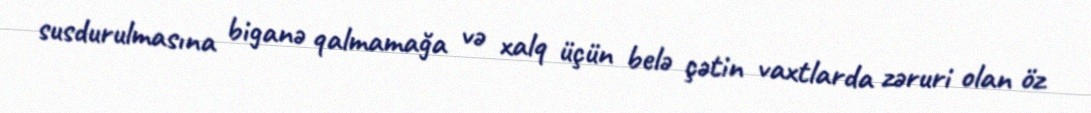
susdurulmasına biganə qalmamağa və xalq üçün belə çətin vaxtlarda zəruri olan öz